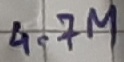
Text: 4.7M